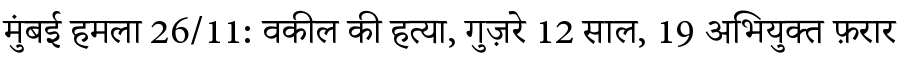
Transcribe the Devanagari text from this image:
मुंबई हमला 26/11: वकील की हत्या, गुज़रे 12 साल, 19 अभियुक्त फ़रार